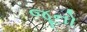
જૂનો